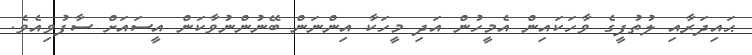
ޙައިދަރާއި ލުތުފީގެ ވާހަކައިން އެމީހުން އަދި މީހަކާ އިންނަން ބޭނުންނުވާކަން އީސައަށް ސާފުވިއެވެ.